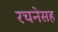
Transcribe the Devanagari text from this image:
रचनेसह